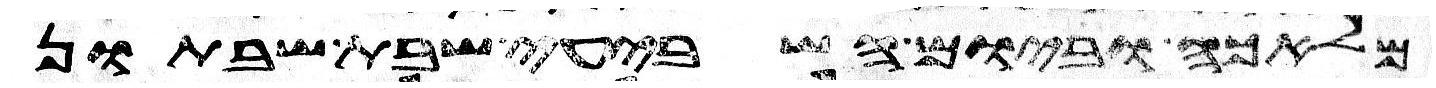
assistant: מלאכה וביום השביעי שבת שבתון